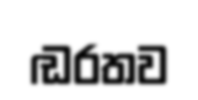
ඬරතව